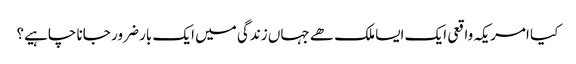
کیا امریکہ واقعی ایک ایسا ملک ھے جہاں زندگی میں ایک بار ضرور جانا چاہیے؟